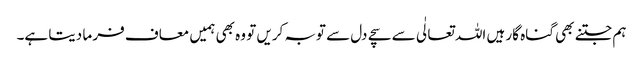
ہم جتنے بھی گناہ گار ہیں اللہ تعالٰی سے سچے دل سے توبہ کریں تو وہ بھی ہمیں معاف فر ما دیتا ہے۔